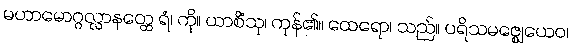
မဟာမောဂ္ဂလ္လာနတ္ထေ ရံ၊ ကို။ ယာစိံသု၊ ကုန်၏။ ထေရော၊ သည်။ ပရိသမဇ္ဈေယေဝ၊